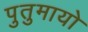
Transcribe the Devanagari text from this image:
पुतुमायो